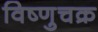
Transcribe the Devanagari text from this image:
विष्णुचक्र